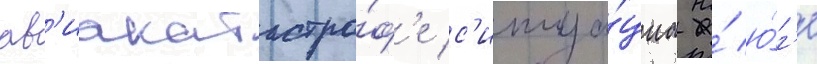
ав'иакатастро́ф'е с'итуа́циа на́ ю́г'е